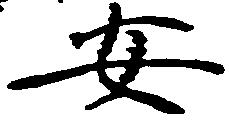
安